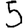
Digit: 5